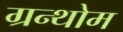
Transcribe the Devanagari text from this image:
ग्रन्थोम